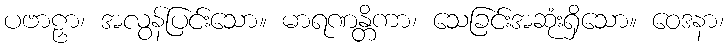
ပဗာဠှာ၊ အလွန်ပြင်းသော။ မာရဏန္တိကာ၊ သေခြင်းအဆုံးရှိသော။ ဝေဒနာ၊